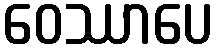
ဝေဿာပေ